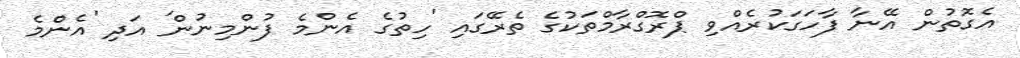
އެގޮތުން އޭނާ ފާހަގަކުރެއްވި ޕްރޮގްރާމްތަކުގެ ތެރޭގައި 'ހިތުގެ އެންމެ ފުންމިނުން' އަދި 'އެންމެ